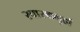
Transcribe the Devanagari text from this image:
स्वास्थगृहों